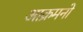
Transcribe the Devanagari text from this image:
आक्रमनो